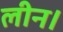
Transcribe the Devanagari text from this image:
लीन।